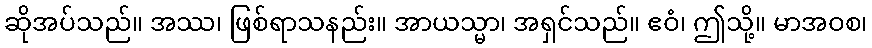
ဆိုအပ်သည်။ အဿ၊ ဖြစ်ရာသနည်း။ အာယသ္မာ၊ အရှင်သည်။ ဧဝံ၊ ဤသို့။ မာအဝစ၊